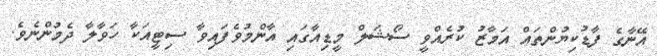
އޭނާގެ ފާޑުކިޔުންތައް އަމާޒު ކުރެއްވީ ސޯޝަލް މީޑިއާގައި އާންމުވެފައިވާ ސިޓީއަކާ ހަވާލާ ދެމުންނެވެ.